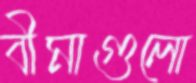
বীমাগুলো